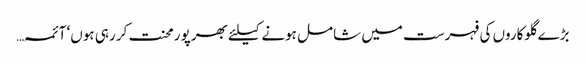
بڑے گلوکاروں کی فہرست میں شامل ہونے کیلئے بھرپو رمحنت کر رہی ہوں‘ آئمہ…